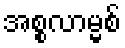
အစ္စလာမ္မစ်